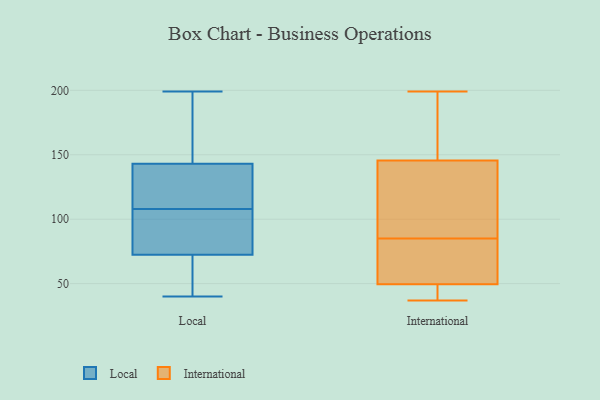
{"axis": {"x": "Revenue (USD Million)", "y": "Value"}, "legend": ["International", "Local"], "data": [{"x": "", "y": 125, "type": "Local"}, {"x": "", "y": 88, "type": "Local"}, {"x": "", "y": 66, "type": "Local"}, {"x": "", "y": 94, "type": "Local"}, {"x": "", "y": 113, "type": "Local"}, {"x": "", "y": 199, "type": "Local"}, {"x": "", "y": 146, "type": "Local"}, {"x": "", "y": 143, "type": "Local"}, {"x": "", "y": 40, "type": "Local"}, {"x": "", "y": 84, "type": "Local"}, {"x": "", "y": 108, "type": "Local"}, {"x": "", "y": 143, "type": "Local"}, {"x": "", "y": 152, "type": "Local"}, {"x": "", "y": 52, "type": "Local"}, {"x": "", "y": 61, "type": "Local"}, {"x": "", "y": 162, "type": "Local"}, {"x": "", "y": 83, "type": "Local"}, {"x": "", "y": 109, "type": "Local"}, {"x": "", "y": 69, "type": "Local"}, {"x": "", "y": 77, "type": "International"}, {"x": "", "y": 93, "type": "International"}, {"x": "", "y": 48, "type": "International"}, {"x": "", "y": 168, "type": "International"}, {"x": "", "y": 39, "type": "International"}, {"x": "", "y": 141, "type": "International"}, {"x": "", "y": 199, "type": "International"}, {"x": "", "y": 94, "type": "International"}, {"x": "", "y": 51, "type": "International"}, {"x": "", "y": 180, "type": "International"}, {"x": "", "y": 52, "type": "International"}, {"x": "", "y": 75, "type": "International"}, {"x": "", "y": 150, "type": "International"}, {"x": "", "y": 107, "type": "International"}, {"x": "", "y": 38, "type": "International"}, {"x": "", "y": 37, "type": "International"}]}